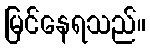
မြင်နေရသည်။